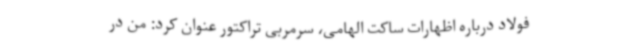
فولاد درباره اظهارات ساکت الهامی، سرمربی تراکتور عنوان کرد: من در